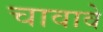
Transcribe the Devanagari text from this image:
चावावे